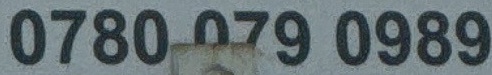
0780 979 0989